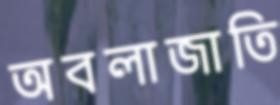
অবলাজাতি